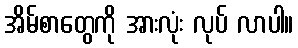
အိမ်စာတွေကို အားလုံး လုပ် လာပါ။